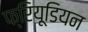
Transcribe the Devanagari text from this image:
फ्रियूडियन